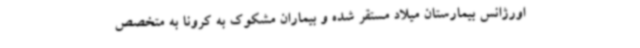
اورژانس بیمارستان میلاد مستقر شده و بیماران مشکوک به کرونا به متخصص